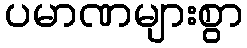
ပမာဏများစွာ